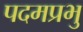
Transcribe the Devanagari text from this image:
पदमप्रभु